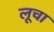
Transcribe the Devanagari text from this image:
लूचा